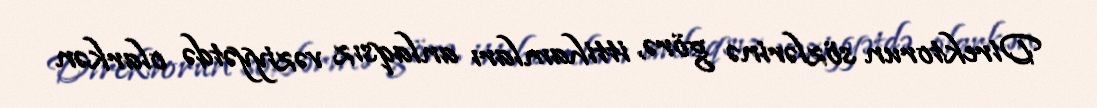
Direktorun sözlərinə görə, ittihamları anlaqsız vəziyyətdə olarkən